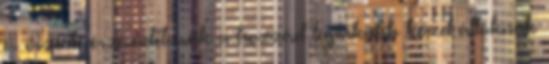
és őszinte érzéseidet csak a hozzád leginkább közel állóknak